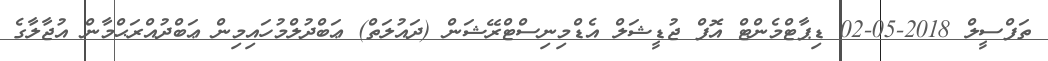
ތަފްސީލް 2018-05-02 ޑިޕާޓްމެންޓް އޮފް ޖުޑީޝަލް އެޑްމިނިސްޓްރޭޝަން (ދައުލަތް) ޢަބްދުލްމުހައިމިން ޢަބްދުއްރަޙްމާން އުޖާލާގެ